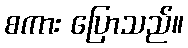
စကား ပြောသည်။